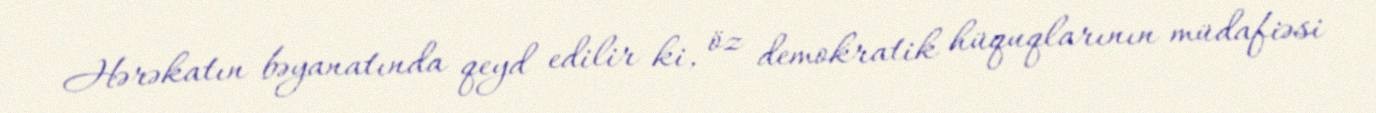
Hərəkatın bəyanatında qeyd edilir ki, öz demokratik hüquqlarının müdafiəsi